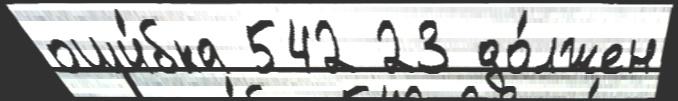
оши́бка 542 23 до́лжен